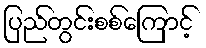
ပြည်တွင်းစစ်ကြောင့်